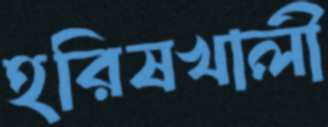
হরিষখালী